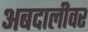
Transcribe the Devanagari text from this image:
अबदालीवर